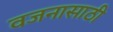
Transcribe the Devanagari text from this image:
वजनासाठी